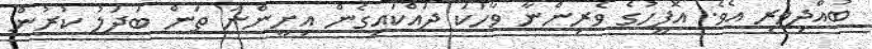
ބުއްދިވެރި އެވެ. އޮފީހުގެ ވެރިންނާ ވާހަކަ ދައްކައިގެން އިށީންނަ ތަން ބަދަލު ކުރުން